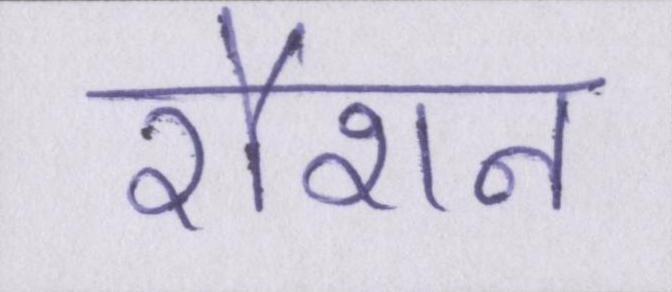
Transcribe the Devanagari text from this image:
रौशन